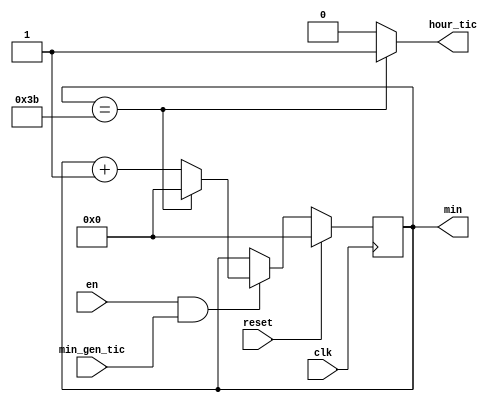
`timescale 1ns / 1ps
//////////////////////////////////////////////////////////////////////////////////
// Company: 
// Engineer: 
// 
// Design Name: 
// Module Name: sec_gen
// Project Name: 
// Target Devices: 
// Tool Versions: 
// Description: 
// 
// Dependencies: 
// 
// Revision:
// Revision 0.01 - File Created
// Additional Comments:
// 
//////////////////////////////////////////////////////////////////////////////////


module min_gen(
reset,
clk,
en,
min_gen_tic,
min,
hour_tic
);
parameter P_COUNT_BIT=30;
parameter P_MIN_BIT=6;

input  reset,en,clk;
input min_gen_tic;
output reg [P_MIN_BIT-1:0] min;
output hour_tic;

assign hour_tic = min==59 ? 1'b1 : 1'b0;


 always @ (posedge clk) begin
    if(reset) begin
        min <= {P_MIN_BIT{1'b0}};
    end else begin
        if(en && min_gen_tic) begin
            if(min == 59) begin
                min <= 0;
            end else begin
            min <= min+ 1'b1;
            end
        end
    end 
end
endmodule